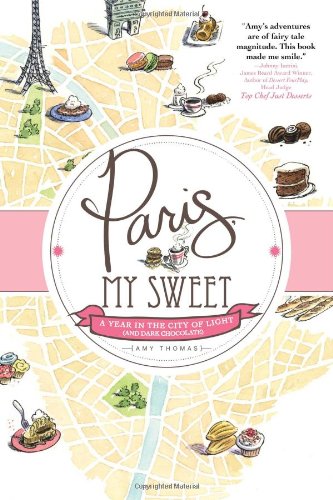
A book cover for Paris, My Sweet: A Year in the City of Light (and Dark Chocolate); Amy Thomas; Cookbooks, Food & Wine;